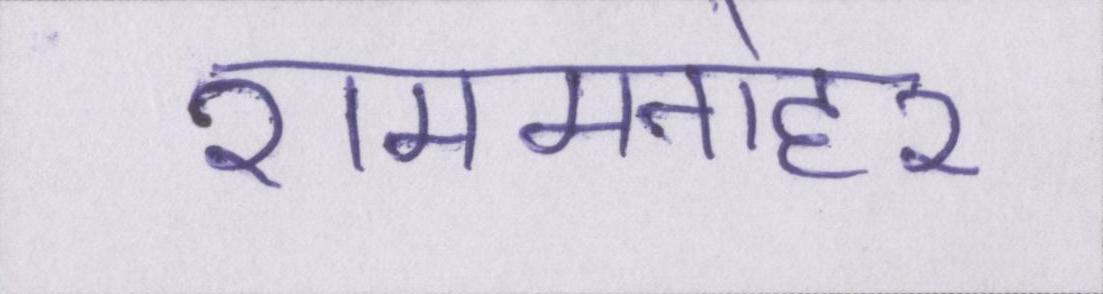
राममनोहर